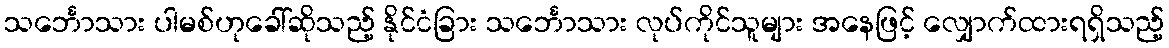
သင်္ဘောသား ပါမစ်ဟုခေါ်ဆိုသည့် နိုင်ငံခြား သင်္ဘောသား လုပ်ကိုင်သူများ အနေဖြင့် လျှောက်ထားရရှိသည့်